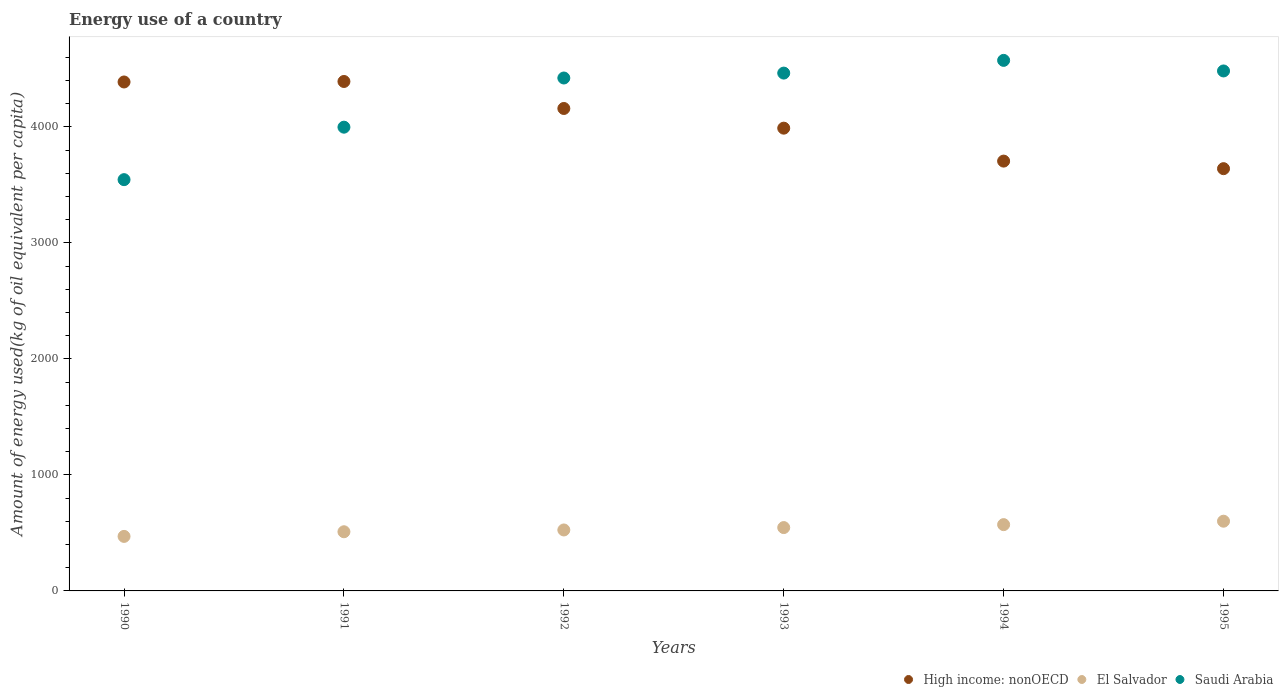
| Years | High income: nonOECD | El Salvador | Saudi Arabia |
 | --- | --- | --- | --- |
 | 1990 | 4.39e+03 | 470 | 3.55e+03 |
 | 1991 | 4.39e+03 | 510 | 4e+03 |
 | 1992 | 4.16e+03 | 525 | 4.42e+03 |
 | 1993 | 3.99e+03 | 546 | 4.46e+03 |
 | 1994 | 3.71e+03 | 571 | 4.57e+03 |
 | 1995 | 3.64e+03 | 601 | 4.48e+03 |